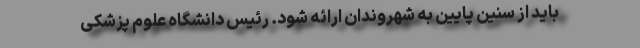
باید از سنین پایین به شهروندان ارائه شود. رئیس دانشگاه علوم پزشکی